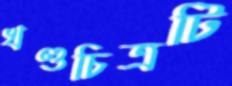
খণ্ডচিত্রটি